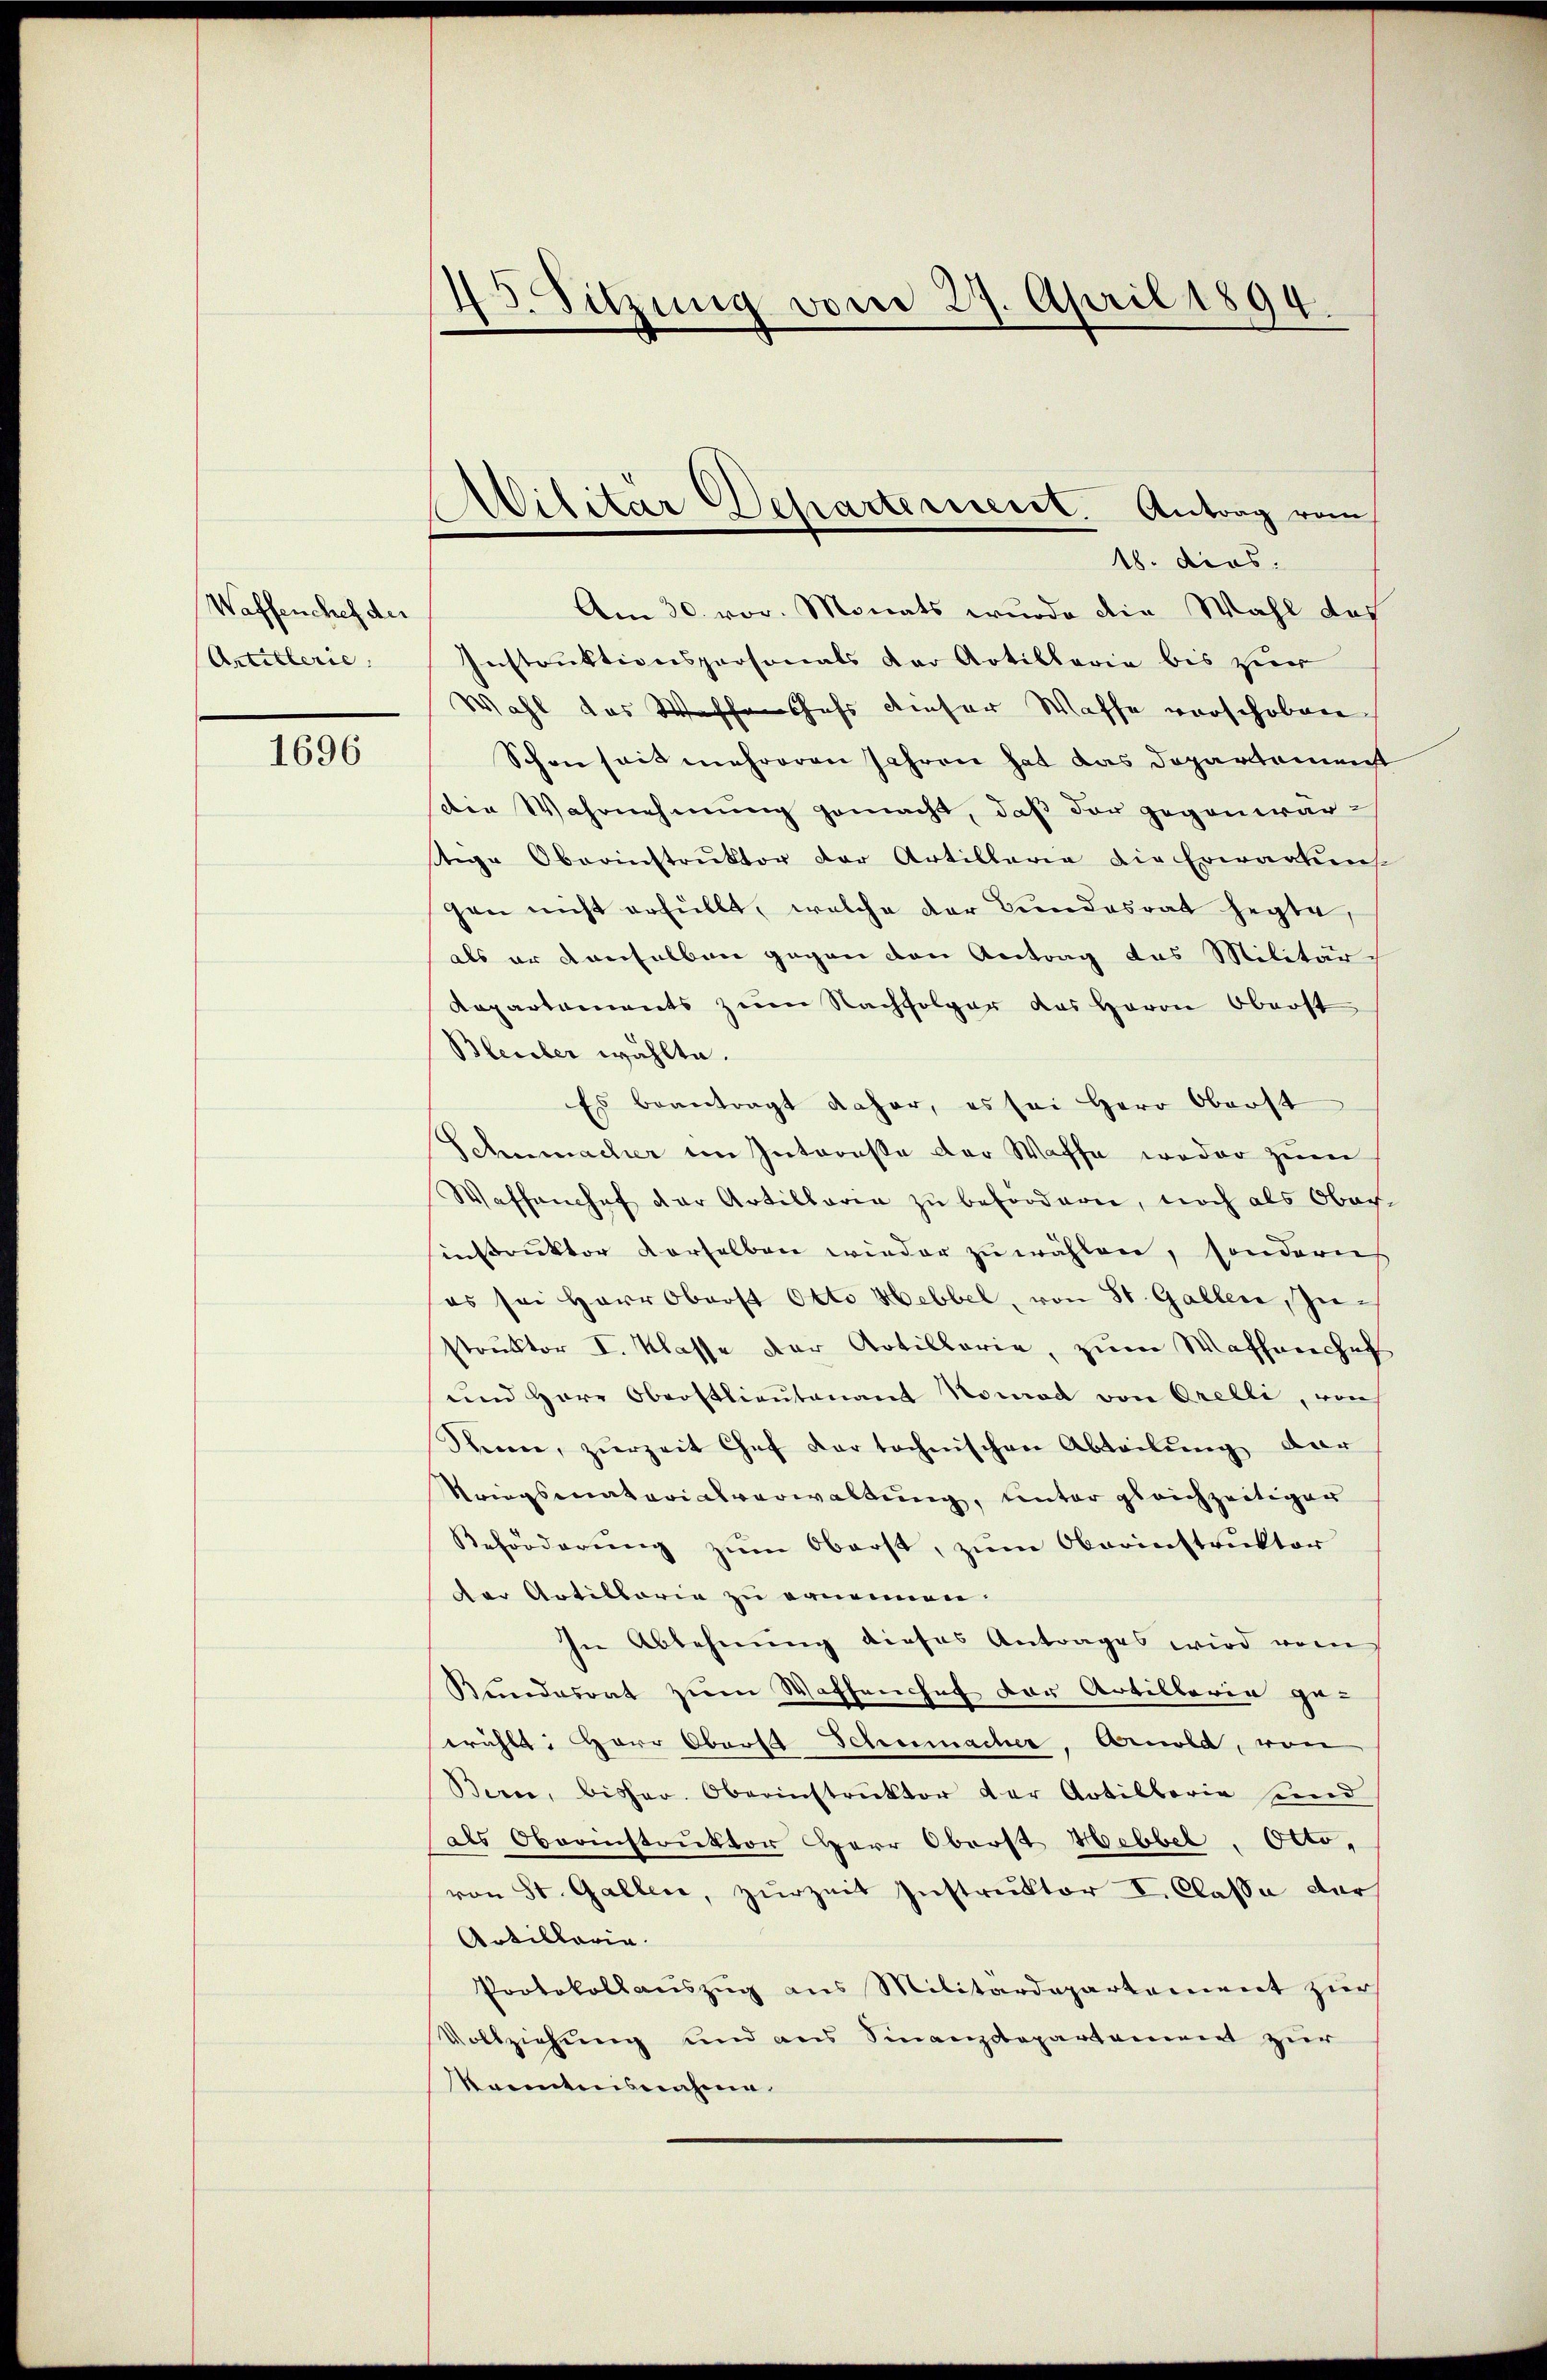
Waffenchef der
Artillerie

1696

45. Sitzung vom 27. April 1894.

Militär Departerient. Antrag vom
18. dies

Am 30. vor. Monats wurde die Wahl des
Instruktionspersonals der Artillarie bis zur
Wahl das Wassenschefs dieser Waffe vorschoben
Schon seit mehreren Jahren hat das Departement
Die Wahrnehmung gemacht, daß der gegenwärtege Oberinstruktor der Artillaria die Erwarteis
gen nicht erfüllt, welche der Bundesrat hegte,
als er denselben gegen den Antrag das Militär¬
Kapartements zum Nachfolger das Herrn Oberst
Bleiber wählte.
Es beantragt daher, es sei Herr Oberst
Schumacher im Interesse der Waffe weder zum
Waffenchef der Artillaria zŭ befordern, noch als Ober-
instruktor derselben wieder zu wählen, sondern
es sei Herr Oberst Otto Hebbel, von St. Gallen, Zustruktor I. Klasse der Artillarie, zum Wafhanchef
und Herr Oberstlieutenant Nomad von Orelli, von
Seien, zurzeit Chef der technischen Abteilŭng dar
Kriegsmaterialverwaltung, unter gleichzeitiger
Beförderung zum Oberst, zum Oberinstruktor
Der Artillarie zu ernennen.
In Ablehnung dieses Antrages wird vom
Bundesrat zum Waffenhef der Artillaria ge-
erählt: Herr Oberst Schumacher, Arnold, von
Berne, bisher. Oberinstrŭktor der Artillerie und
als Oberinstruktor Herr Oberst Hebbel, Otto,
von St. Gallen, zurzeit Instruktor V. Classe dar
Artillaria
Protokollauszug aus Militärdepartement zur
Vollziehung und aus Sinanzdepartament zur
koenntnisnahme